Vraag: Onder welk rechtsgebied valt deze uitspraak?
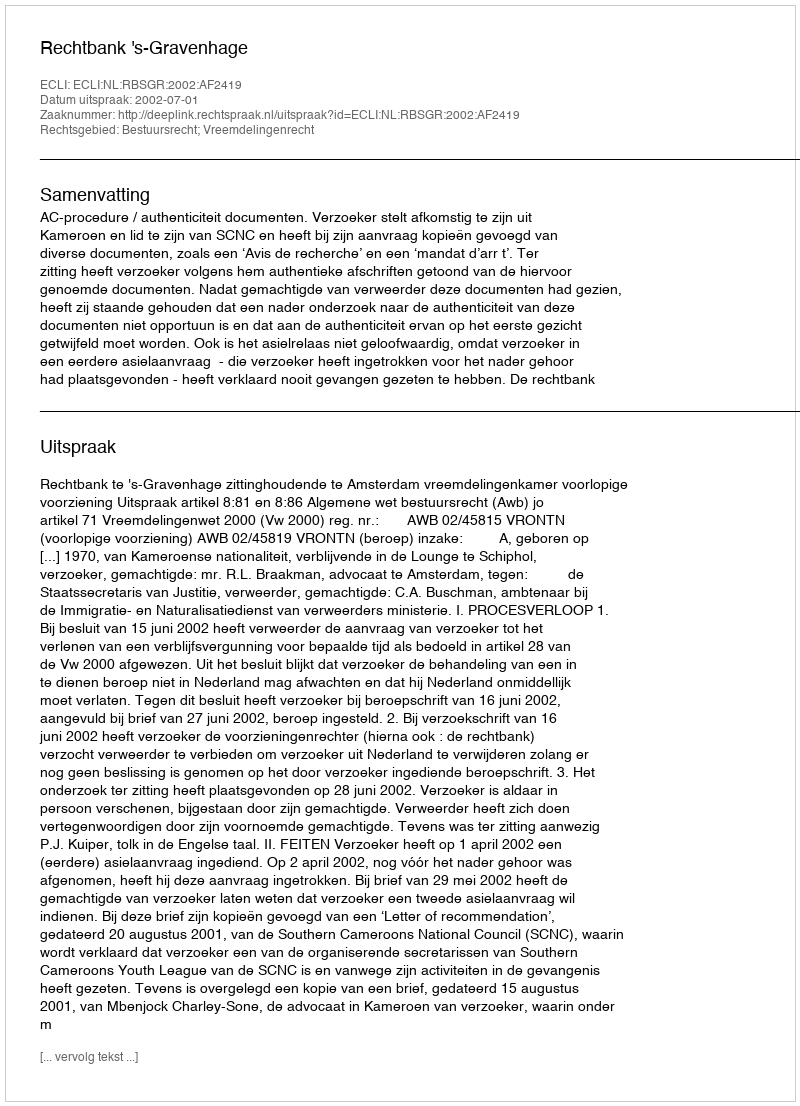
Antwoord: Bestuursrecht; Vreemdelingenrecht